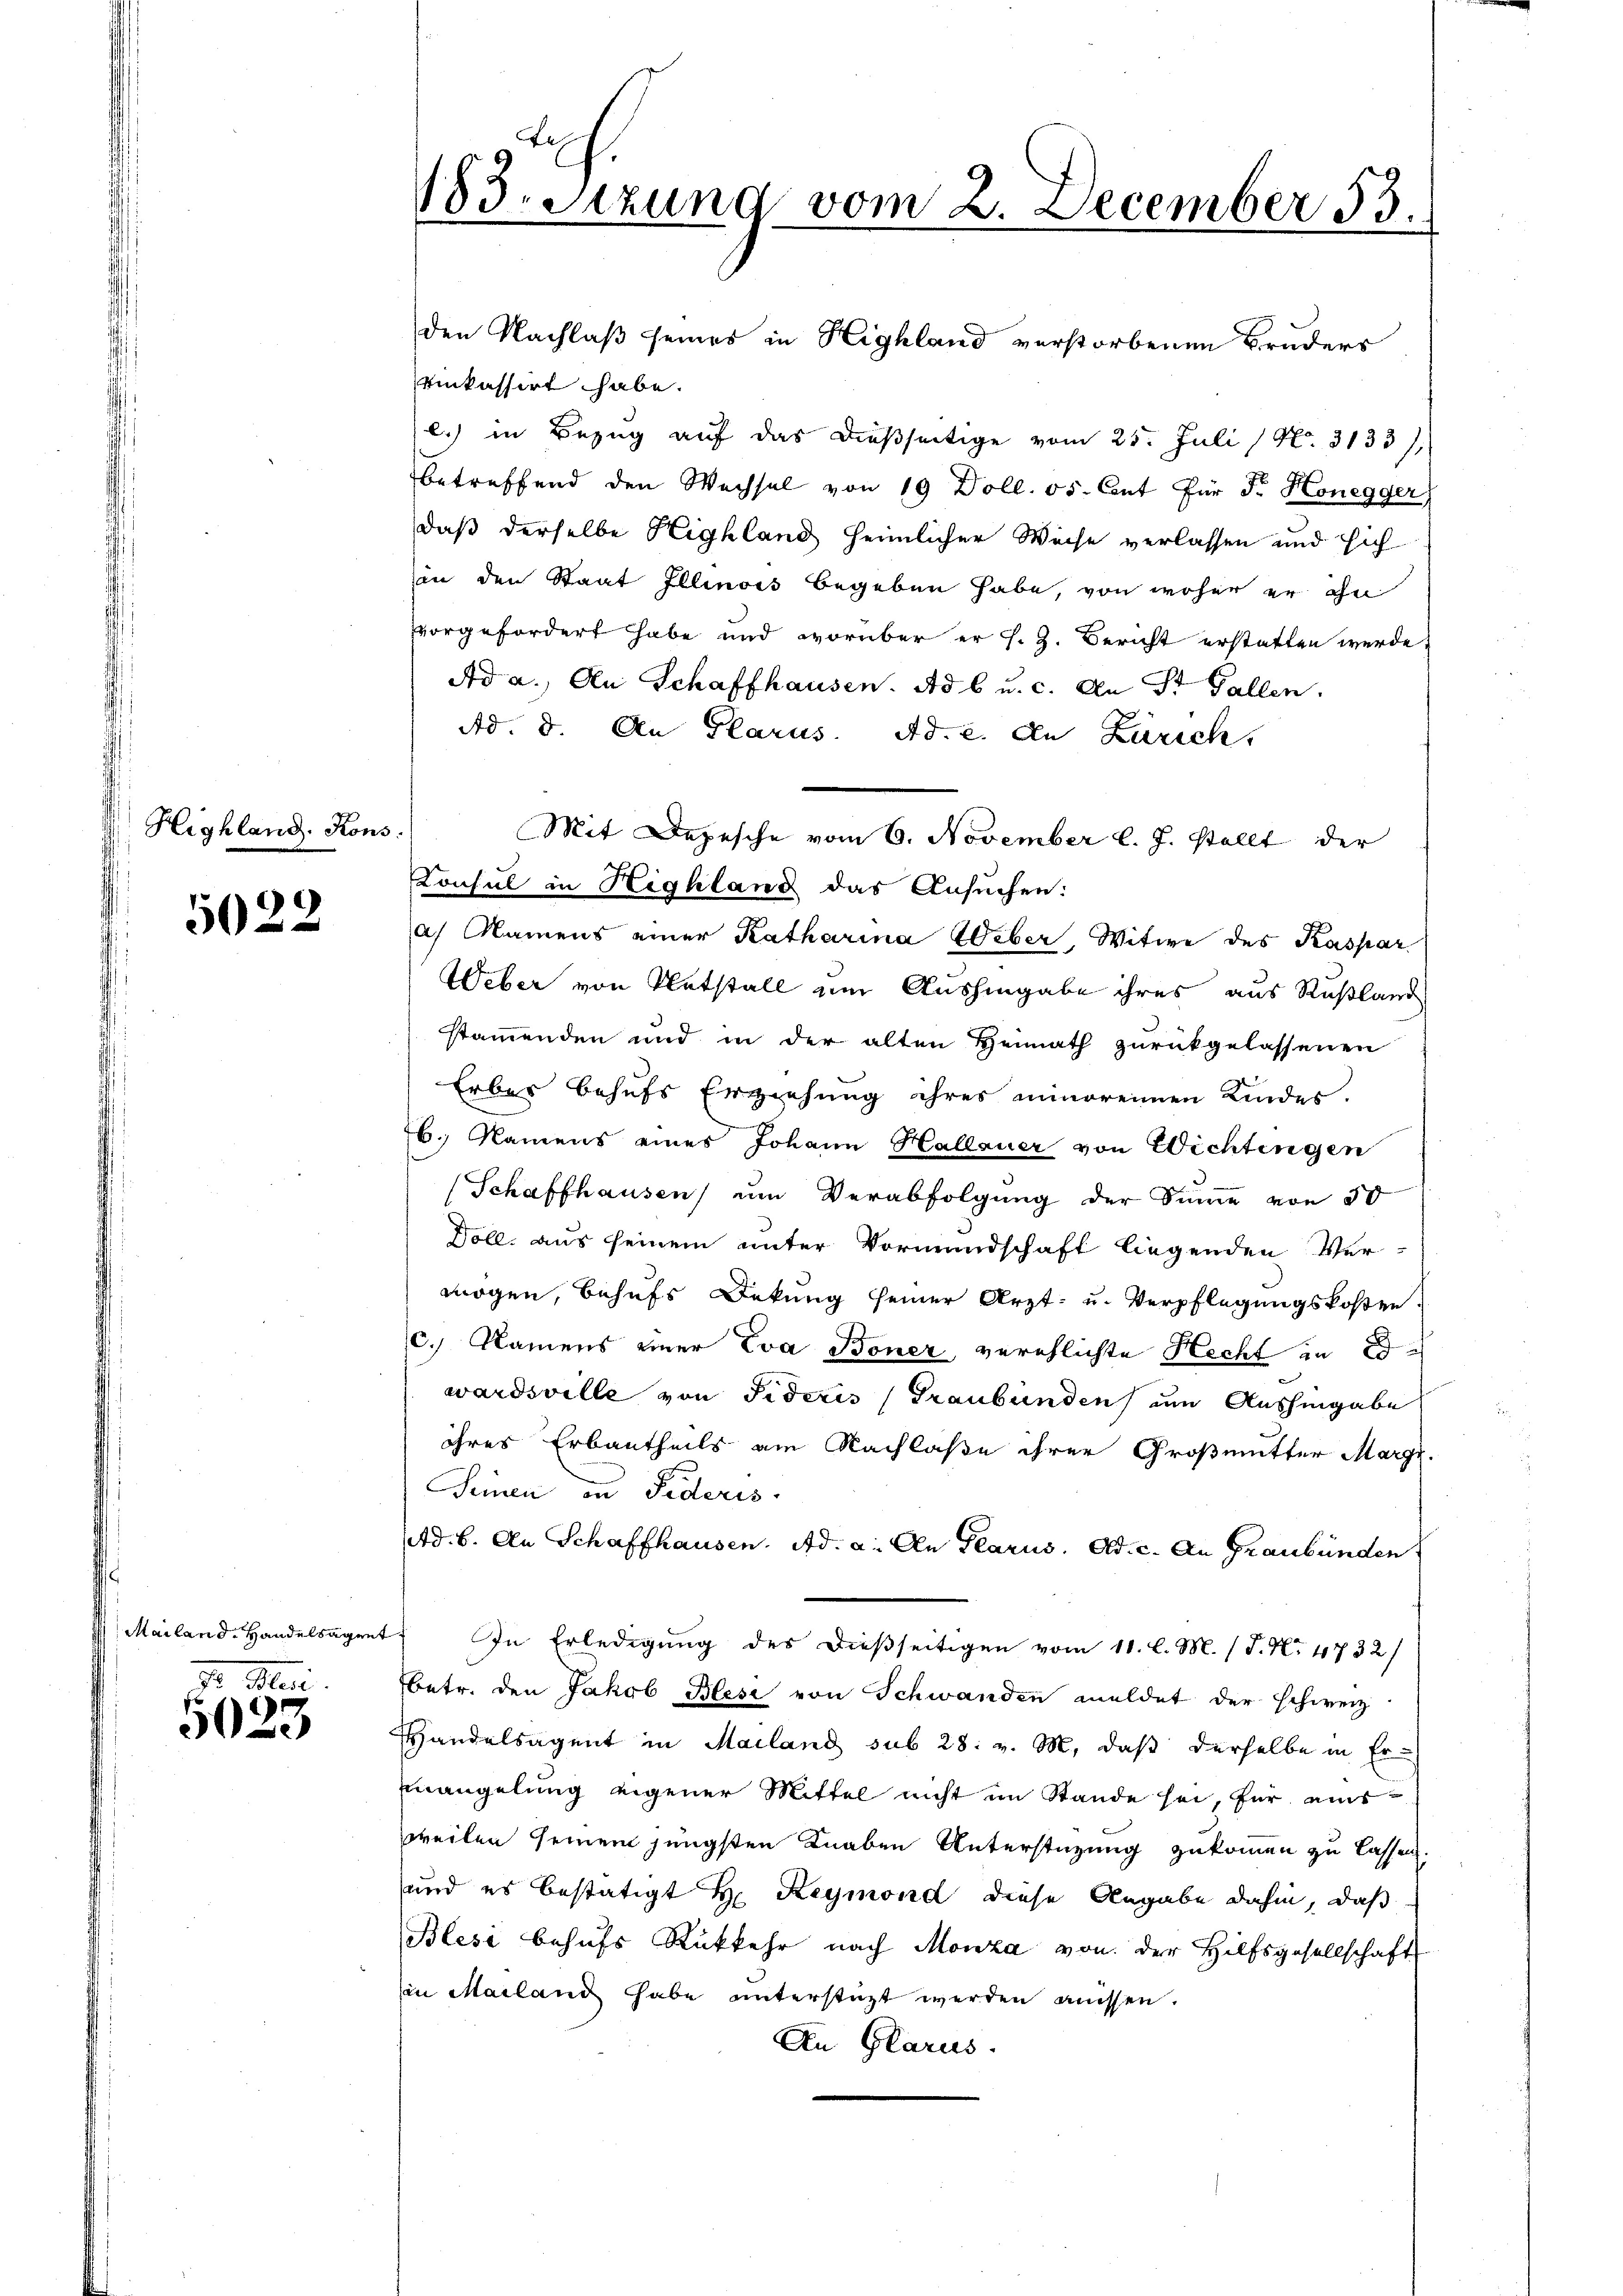
Highland. Kon

5022

Mailand Handelsagen

Mari
5623

f
183. Sitzung vom 2. December 13.

5

einkassirt habe.
l.) in Bezug auf das dießseitige vom 25. Juli (N. 3133),
betreffend den Wechsel von 19 Doll. 55. Cent für Fr. Honegger
daß derselbe Highland heimlicher Weise verlassen und sich
in den Staat Illinois begeben habe, von woher er ihn
vvorgefordert habe und worüber er s. Z. Bericht erstatten werde,
Ad a. An Schaffhausen. Ad b u. c. An St. Gallen.
Ad. 8. An Glarus. Ad. c. den Zürich.
Konsul in Highland das Ansuchen:
Af Namens einer Katharina Weber, Witwe des Kaspar
Weber von Entstall um Aushingabe ihres aus Rußland
stammenden und in der alten Heimath zurückgelassenen
Erbes behufs Erziehung ihres minoreinen Kindes.
b. Namens eines Johann Hallauer von Wichtingen
(Schaffhausen, um Verabfolgung der Sinne von 50
Doll. aus seinem unter Vormundschaft liegenden Ver-
mögen, behufs Dekung seiner Arzt- u. Verpflegungskosten.
C. Namens einer Eva Boner verehlichte Hecht in d
wardsville von Fidecis (Graubünden um Aushingabe
ihres Erbautheils am Nachlaße ihrer Großmutter Marge
Seinen in Federis
Ad. 6. An Schaffhausen. Ad. a. An Glarus. Ad. c. An Graubünden
In Erledigung des dießseitigen vom 11. l. M. (T. No 4732/
betr. den Jakob Blesi von Schwanden meldet der schweiz.
Handelsagent in Mailand sub 28. v. M. daß derselbe in Ermangelung eigener Mittel nicht im Stande sei, für einsweilen seinem jüngsten Knaben Unterstüzung zukommen zu lassen.
und es bestätigt H: Reymond diese Angabe dahin, daß
Blese behufs Rükkehr nach Monza von der Hilfsgesellschaft
in Mailand habe unterstützt werden müssen.
An Glarus.

den Nachlaß seines in Highland verstorbenen Bruders

Mit Depesche vom 6. November l. J. stellt der